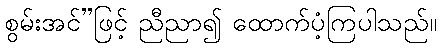
စွမ်းအင်”ဖြင့် ညီညာ၍ ထောက်ပံ့ကြပါသည်။